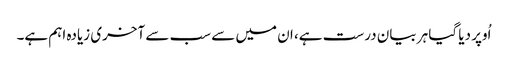
اُوپر دیا گیا ہر بیان درست ہے، ان میں سے سب سے آخری زیادہ اہم ہے۔